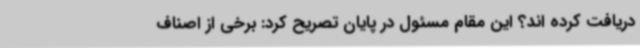
دریافت کرده اند؟ این مقام مسئول در پایان تصریح کرد: برخی از اصناف